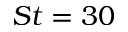
S t = 3 0